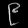
Digit: ၉